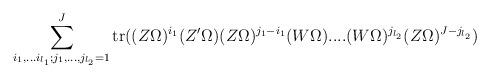
LaTeX: \begin{align*}\sum _{i_1,...i_{l_1}; j_1,..., j_{l_2}=1}^J {\rm tr} ((Z\Omega)^{i_1} (Z '\Omega) (Z \Omega)^{j_1-i_1}(W \Omega)....(W\Omega)^ {j_{l_2}}(Z \Omega)^{J-j_{l_2}})\end{align*}